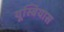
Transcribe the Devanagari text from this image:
यूस्बियास